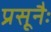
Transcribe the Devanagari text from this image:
प्रसूनैः